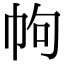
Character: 𢂁